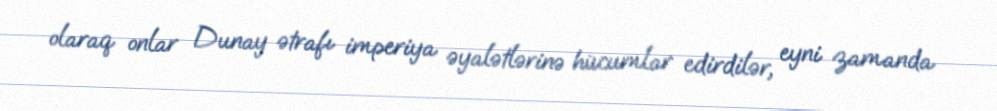
olaraq onlar Dunay ətrafı imperiya əyalətlərinə hücumlar edirdilər, eyni zamanda